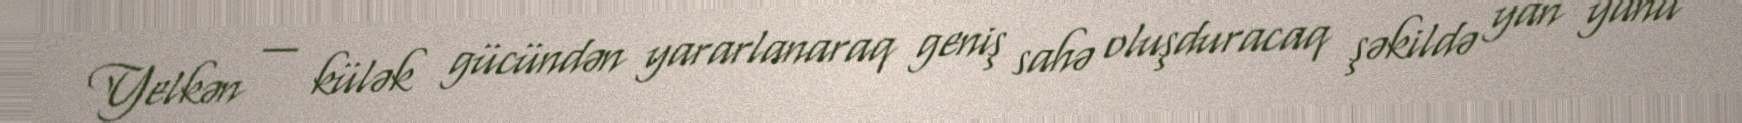
Yelkən — külək gücündən yararlanaraq geniş sahə oluşduracaq şəkildə yan yana